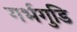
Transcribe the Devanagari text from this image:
गर्भगुडि